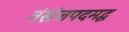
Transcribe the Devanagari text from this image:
तंसंजपदमद्ध